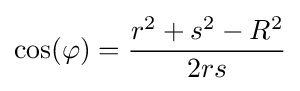
\cos(\varphi )={\frac {r^{2}+s^{2}-R^{2}}{2rs}}